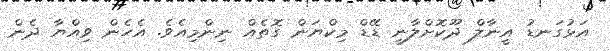
އަޅުގަނޑު އީނާލް ދޫކޮށްލާނީ ޑޭޑް މިކްޔަން ގޮތެއް ނިންމިއެވެ. އެހެން ވިއްޔާ ދެން